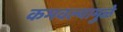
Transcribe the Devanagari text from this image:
कमवल्यामुळे